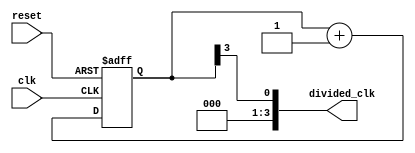
module johnson_counter_clock_divider (
    input wire clk,
    input wire reset,
    output reg [3:0] divided_clk
);

reg [3:0] johnson_counter;

always @(posedge clk or posedge reset) begin
    if (reset) begin
        johnson_counter <= 4'b0000;
    end else begin
        johnson_counter <= johnson_counter + 1;
    end
end

assign divided_clk = johnson_counter[3]; // Output the most significant bit of the Johnson counter as the divided clock signal

endmodule